Annual report of the Bengal Veterinary College and of the Civil Veterinary Department, Bengal, for the year 1908-1909 - 1908-1909
Year: 1908
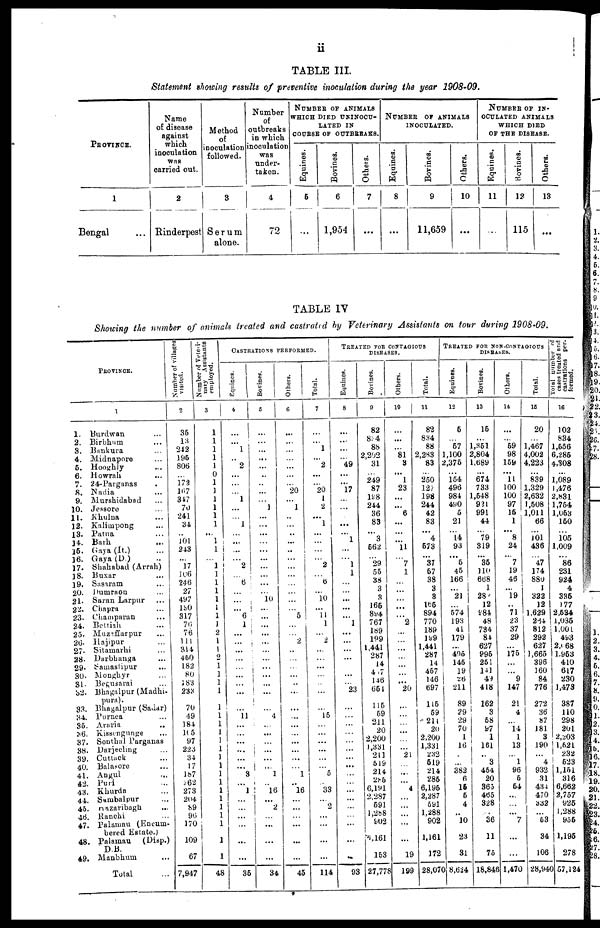
ii
TABLE III.
Statement shotting results of preventive inoculation during the year 1908-09.
PROVINCE.
1
Bengal ...
Name
of disease
against
which
inoculation
was
carried out.
2
Rinderpest
Method
of
inoculation
followed.
3
Serum
alone.
Number
of
outbreaks
in which
inoculation
was
under-
taken.
4
72
NUMBER OF ANIMALS
WHICH DIED UKINOCU-
LATED IN
COURSE OF OUTBREAKS.
Equines.
Bovines.
5
6
...
1,954
Others.
7
...
NUMBER OF ANIMALS
INOCULATED.
Equines.
8
...
Bovines.
9
11,659
Others.
10
...
NUMBER OF IN-
OCULATED ANIMALS
WHICH DIED
OF THE DISEASE.
Equines.
11
...
Bovines.
12
115
Others.
13
...
TABLE IV
Showing the number of animals treated and castrated by Veterinary Assistants on tour during 1908-09.
PROVINCE.
1
1. Burdwan ....
2. Birbhum ...
3. Bankura ...
4. Midnapore ...
5. Hooghly ...
6. Howrali ...
7. 24-Parganas ...
8. Nadia ...
9. Murshidabad ...
10. Jessore ...
11. Khulna ...
12. Kalimpong ...
13. Patna ...
14. Barh ...
15. Gaya (It.) ...
16. Gaya (D.) ...
17. Shahabad (Arrah)
18. Buxar ...
19. Sasaram ...
20. Dumraon ...
21. Saran Larpur ...
22. Chapra ...
23. Champaran ...
24. Bettiah ...
25. Muzaffarpur ...
26. Hajipur ...
27. Sitamarki ...
28. Darbhanga ...
29. Samastipur
30. Monghyr ...
31. Begusarai ...
32. Bhagalpur (Madhi-
pura).
33. Bhagalpur (Sadar)
34. Purnea ...
35. Araria
36. Kissiengunge
37. Sonthal Parganas
38. Darjecling
39. Cuttack
40. Balasore
41. Angul
42. Puri
43. Kkurda
44. Sumbalpur
45.
Hazaribagh
46. Ranchi
47. Palamau (Encum-
bered Estate.)
48. Palamau
(Disp.)
D.B.
49. Manbhum
Total
Number of villages
visited.
2
35
13
242
196
806
...
172
167
347
70
241
34
...
101
243
...
17
166
246
27
497
130
317
76
76
111
314
460
182
80
183
233
70
49
184
165
97
226
34
17
187
262
273
204
89
96
170
109
67
7,947
Number of Veteri-
nary Assistants
employed.
3
1
1
1
1
1
0
1
1
1
1
1
1
...
1
1
...
1
1
1
1
1
1
1
1
1
1
1
1
1
1
1
1
1
1
1
1
1
1
1
1
1
1
1
1
1
1
1
1
1
48
CASTRATIONS PERFORMED.
Equities.
4
...
...
1
..
2
...
...
...
1
...
...
1
...
...
...
...
2
...
6
...
...
...
6
1
...
...
...
...
...
...
...
...
...
11
...
...
...
...
...
...
3
...
1
...
...
...
...
...
36
Bovines.
3
...
...
...
...
..
...
1
...
...
...
...
...
...
10
...
...
...
...
...
...
4
...
!
...
...
1
..
!
16
...
2 ...
...
...
...
34
Others.
6
20
1
..
...
...
...
...
5
2
...
1
16
...
...
...
45
Total.
7
...
1
...
2
...
20
1
2
...
1
...
...
2
6
10
...
11
1
2
15
5
33
2
...
...
114
TREATED FOR CONTAGIOUS
DISEASES.
Equines.
8
...
...
49
...
...
17
...
...
...
... 1
...
1
1
....
...
...
1
...
...
...
...
23
...
...
...
...
...
..
93
Bovines.
9
82
834
88
2,202
31
249
87
198
244
36
83
... 3
662
29
55
38
3
3
166
894
767
189
199
1,441
287
14
467
146
661
115
59
211
20
2,200
1,331
211
519
214
285
6,191
2,287
691
1,288
902
10,161
153
27,778
Others.
10
...
81
3
... 1
23
...
...
6
...
...
1
7
1
...
...
...
2
...
...
...
...
20
...
...
"21
...
4
...
...
19
199
Total.
11
82
834
88
2,283
83
250
12?
19S
244
42
83
... 4
573
...
37
57
38
3
3
165
894
770
189
199
1,441
287
14
457
146
697
115
59
211
20
2,200
1,331
232
519
214
285
6,195
2,287
591
1,288
902
1,161
172
28,070
TREATED FOR NON-CONTAGIOUS
DISEASES.
Equines.
12
6
57
1,100
2,376
154
496
984
490
5
21
14
93
...
6
45
166
...
21
574
193
41
179
...
495
145
19
26
211
89
29
29
70
1
16
...
382
6
15
5
4
...
10
23
31
8,624
Bovines.
13
15
1,361
2,804
1,689
...
674
733
1,548
921
991
44
...
79
319
...
35
110
668
1
28
12
984
48
734
84
627
995
251
141
49
418
162
3
58
97
1
161
..
3
454
20
363
465
328
36
11
75
18,846
Others.
14
69
98
159
...
11
100
100
97
15
1
... 8
24
...
7
19
46
...
19
71
23
37
29
...
175
...
9
147
21
4
14
1
13
1
96
6
54
...
...
7
...
1,470
Total.
16
20
1,467
4,002
4,223
839
1,329
2,632
1,508
1,011
66
...
201
436
47
174
880
1
322
12
1,629
264
812
292
627
1,665
396
160
84
776
272
36
87
181
3
190
4
932
31
434
470
332
...
53
34
106
28,940
Total number of
cases treated
and
castrations per-
formed.
16
102
834
1,656
6,285
4,308
...
1,089
1,476
2,831
1,754
1,063
160
105
1,009
...
86
231
924
4
335
177
2,534
1,035
1,001
493
2,568
1,953
410
617
230
1,473
387
110
298
201
2,203
1,521
232
523
1,151
316
6,662
2,757
925
1,288
955
1,195
278
57,124